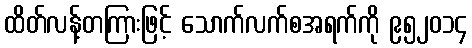
ထိတ်လန့်တကြားဖြင့် သောက်လက်စအရက်ကို ၉၅၂၀၁၄